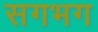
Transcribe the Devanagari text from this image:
सगभग